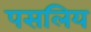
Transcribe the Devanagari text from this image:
पसलिय